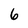
Character: 6